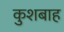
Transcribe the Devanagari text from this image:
कुशबाह